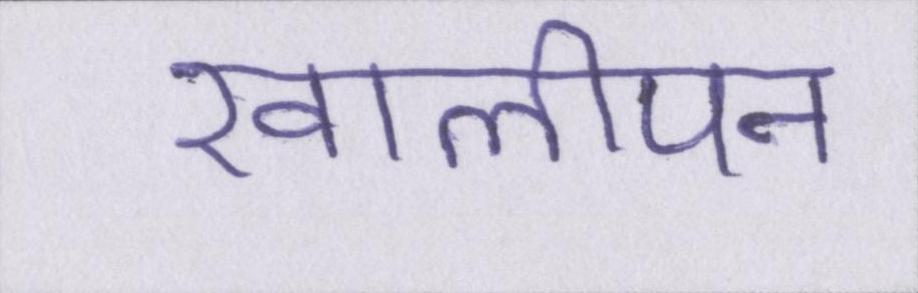
खालीपन